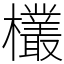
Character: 欉